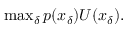
\begin{array} { r } { \operatorname* { m a x } _ { \delta } p ( x _ { \delta } ) U ( x _ { \delta } ) . } \end{array}